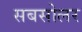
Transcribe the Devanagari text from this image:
सबसोलर